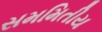
સમમિતીય